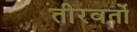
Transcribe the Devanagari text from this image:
तीरवर्तो